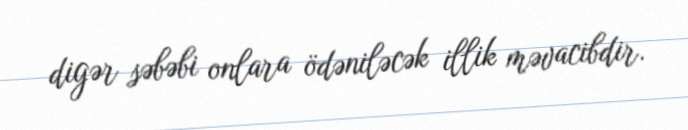
digər səbəbi onlara ödəniləcək illik məvacibdir.